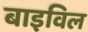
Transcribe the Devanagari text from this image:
बाइविल